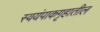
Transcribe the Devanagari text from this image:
स्वयंपाकगृहातील